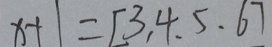
x + 1 = [ 3 . 4 . 5 . 6 ]